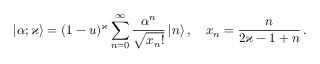
| \alpha ; \varkappa \rangle = ( 1 - u ) ^ { \varkappa } \sum _ { n = 0 } ^ { \infty } \frac { \alpha ^ { n } } { \sqrt { x _ { n } ! } } \, | n \rangle \, , \quad x _ { n } = \frac { n } { 2 \varkappa - 1 + n } \, .